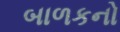
બાળકનો